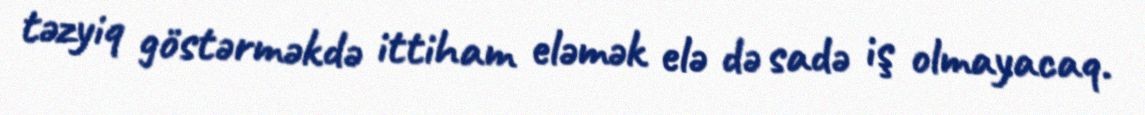
təzyiq göstərməkdə ittiham eləmək elə də sadə iş olmayacaq.